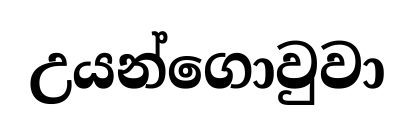
උයන්ගොවුවා